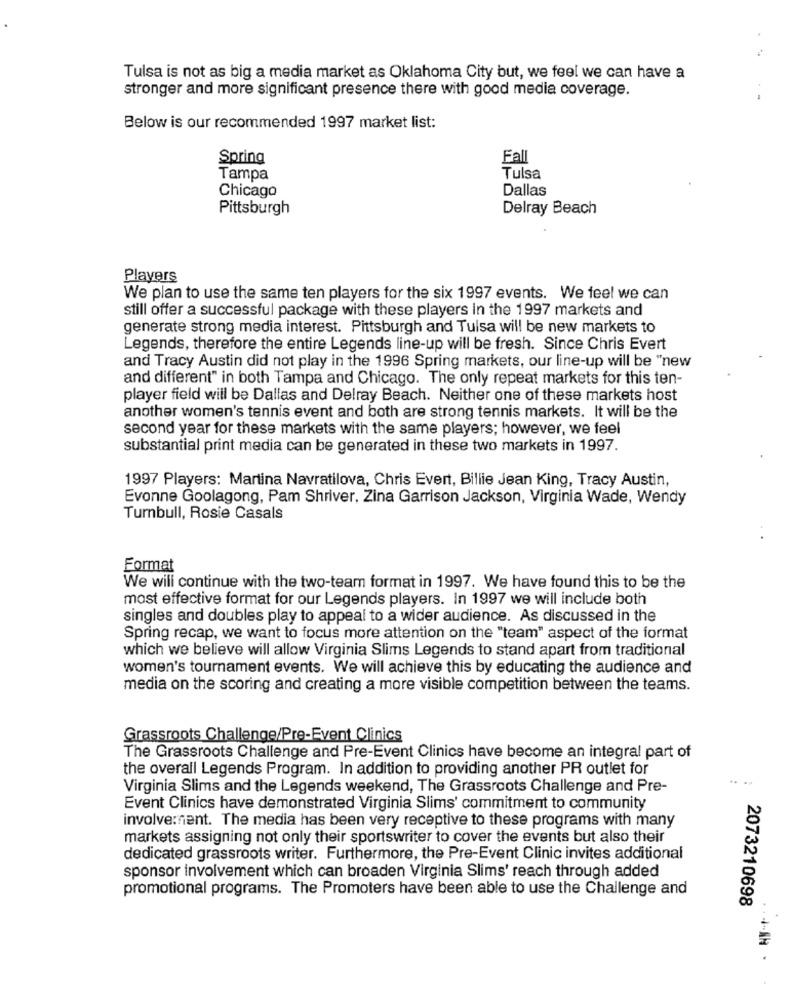
Tulsa is not as big a media market as Oklahoma City but, we feel we can have a
stronger and more significant presence there with good media coverage.
Below is our recommended 1997 market list:
Spring
Fall
Tampa
Tulsa
Chicago
Dallas
Pittsburgh
Delray Beach
Players
We plan to use the same ten players for the six 1997 events. We feel we can
still offer a successful package with these players in the 1997 markets and
generate strong media interest. Pittsburgh and Tulsa will be new markets to
Legends, therefore the entire Legends line-up will be fresh. Since Chris Evert
and Tracy Austin did not play in the 1996 Spring markets, our line-up will be "new
and different" in both Tampa and Chicago. The only repeat markets for this ten-
player field will be Dallas and Delray Beach. Neither one of these markets host
another women's tennis event and both are strong tennis markets. It will be the
second year for these markets with the same players; however, we feel
substantial print media can be generated in these two markets in 1997.
1997 Players: Martina Navratilova, Chris Evert, Billie Jean King, Tracy Austin,
Evonne Goolagong, Pam Shriver, Zina Garrison Jackson, Virginia Wade, Wendy
Turnbull, Rosie Casals
Format
We will continue with the two-team format in 1997. We have found this to be the
most effective format for our Legends players. In 1997 we will include both
singles and doubles play to appeal to a wider audience. As discussed in the
Spring recap, we want to focus more attention on the "team" aspect of the format
which we believe will allow Virginia Slims Legends to stand apart from traditional
women's tournament events. We will achieve this by educating the audience and
media on the scoring and creating a more visible competition between the teams.
Grassroots Challenge/Pre-Event Clinics
The Grassroots Challenge and Pre-Event Clinics have become an integral part of
the overall Legends Program. In addition to providing another PR outlet for
Virginia Slims and the Legends weekend, The Grassroots Challenge and Pre-
Event Clinics have demonstrated Virginia Slims' commitment to community
involve:nent. The media has been very receptive to these programs with many
markets assigning not only their sportswriter to cover the events but also their
dedicated grassroots writer. Furthermore, the Pre-Event Clinic invites additional
sponsor involvement which can broaden Virginia Slims' reach through added
promotional programs. The Promoters have been able to use the Challenge and
2073210698
4-AN